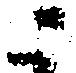
ニ